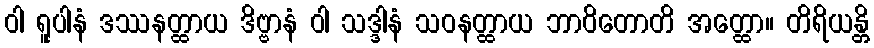
ဝါ ရူပါနံ ဒဿနတ္ထာယ ဒိဗ္ဗာနံ ဝါ သဒ္ဒါနံ သဝနတ္ထာယ ဘာဝိတောတိ အတ္ထော။ တိရိယန္တိ